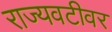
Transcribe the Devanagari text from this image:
राज्यवटीवर